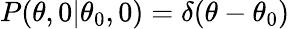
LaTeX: P(\theta,0|\theta_{0},0)=\delta(\theta-\theta_{0})